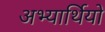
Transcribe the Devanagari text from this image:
अभ्यार्थियो